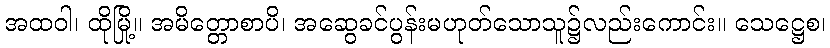
အထဝါ၊ ထိုမြို့။ အမိတ္တောစာပိ၊ အဆွေခင်ပွန်းမဟုတ်သောသူ၌လည်းကောင်း။ သေဋ္ဌေစ၊